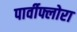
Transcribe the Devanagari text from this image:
पार्वीफ्लोरा